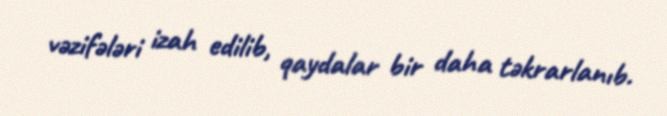
vəzifələri izah edilib, qaydalar bir daha təkrarlanıb.